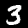
Label: 3